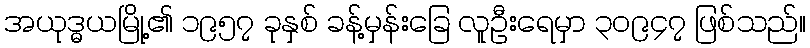
အယုဒ္ဓယမြို့၏ ၁၉၅၇ ခုနှစ် ခန့်မှန်းခြေ လူဦးရေမှာ ၃၀၉၄၇ ဖြစ်သည်။